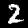
Label: 2